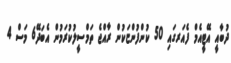
ދުބާއީ އޭޓީއެމް ފެއަރގައި 50 ކުންފުންޏަކުން ރާއްޖެ ތަމްސީލުކުރަމުން އެބަދޭ6 މަސް 4